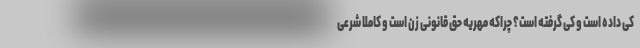
کی داده است و کی گرفته است؟ چراکه مهریه حق قانونی زن است و کاملا شرعی